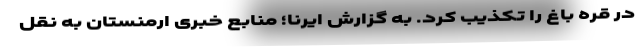
در قره باغ را تکذیب کرد. به گزارش ایرنا؛ منابع خبری ارمنستان به نقل